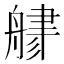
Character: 𦩦